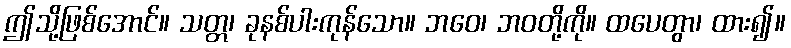
ဤသို့ဖြစ်အောင်။ သတ္တ၊ ခုနစ်ပါးကုန်သော။ ဘဝေ၊ ဘဝတို့ကို။ ထပေတွာ၊ ထား၍။